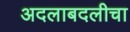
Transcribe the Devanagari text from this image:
अदलाबदलीचा